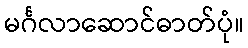
မင်္ဂလာဆောင်ဓာတ်ပုံ။